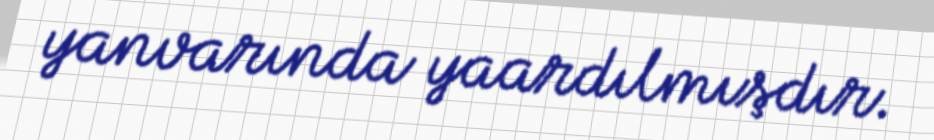
yanvarında yaardılmışdır.